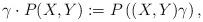
LaTeX: \begin{align*}\gamma\cdot P(X,Y):=P\left((X,Y)\gamma\right),\end{align*}